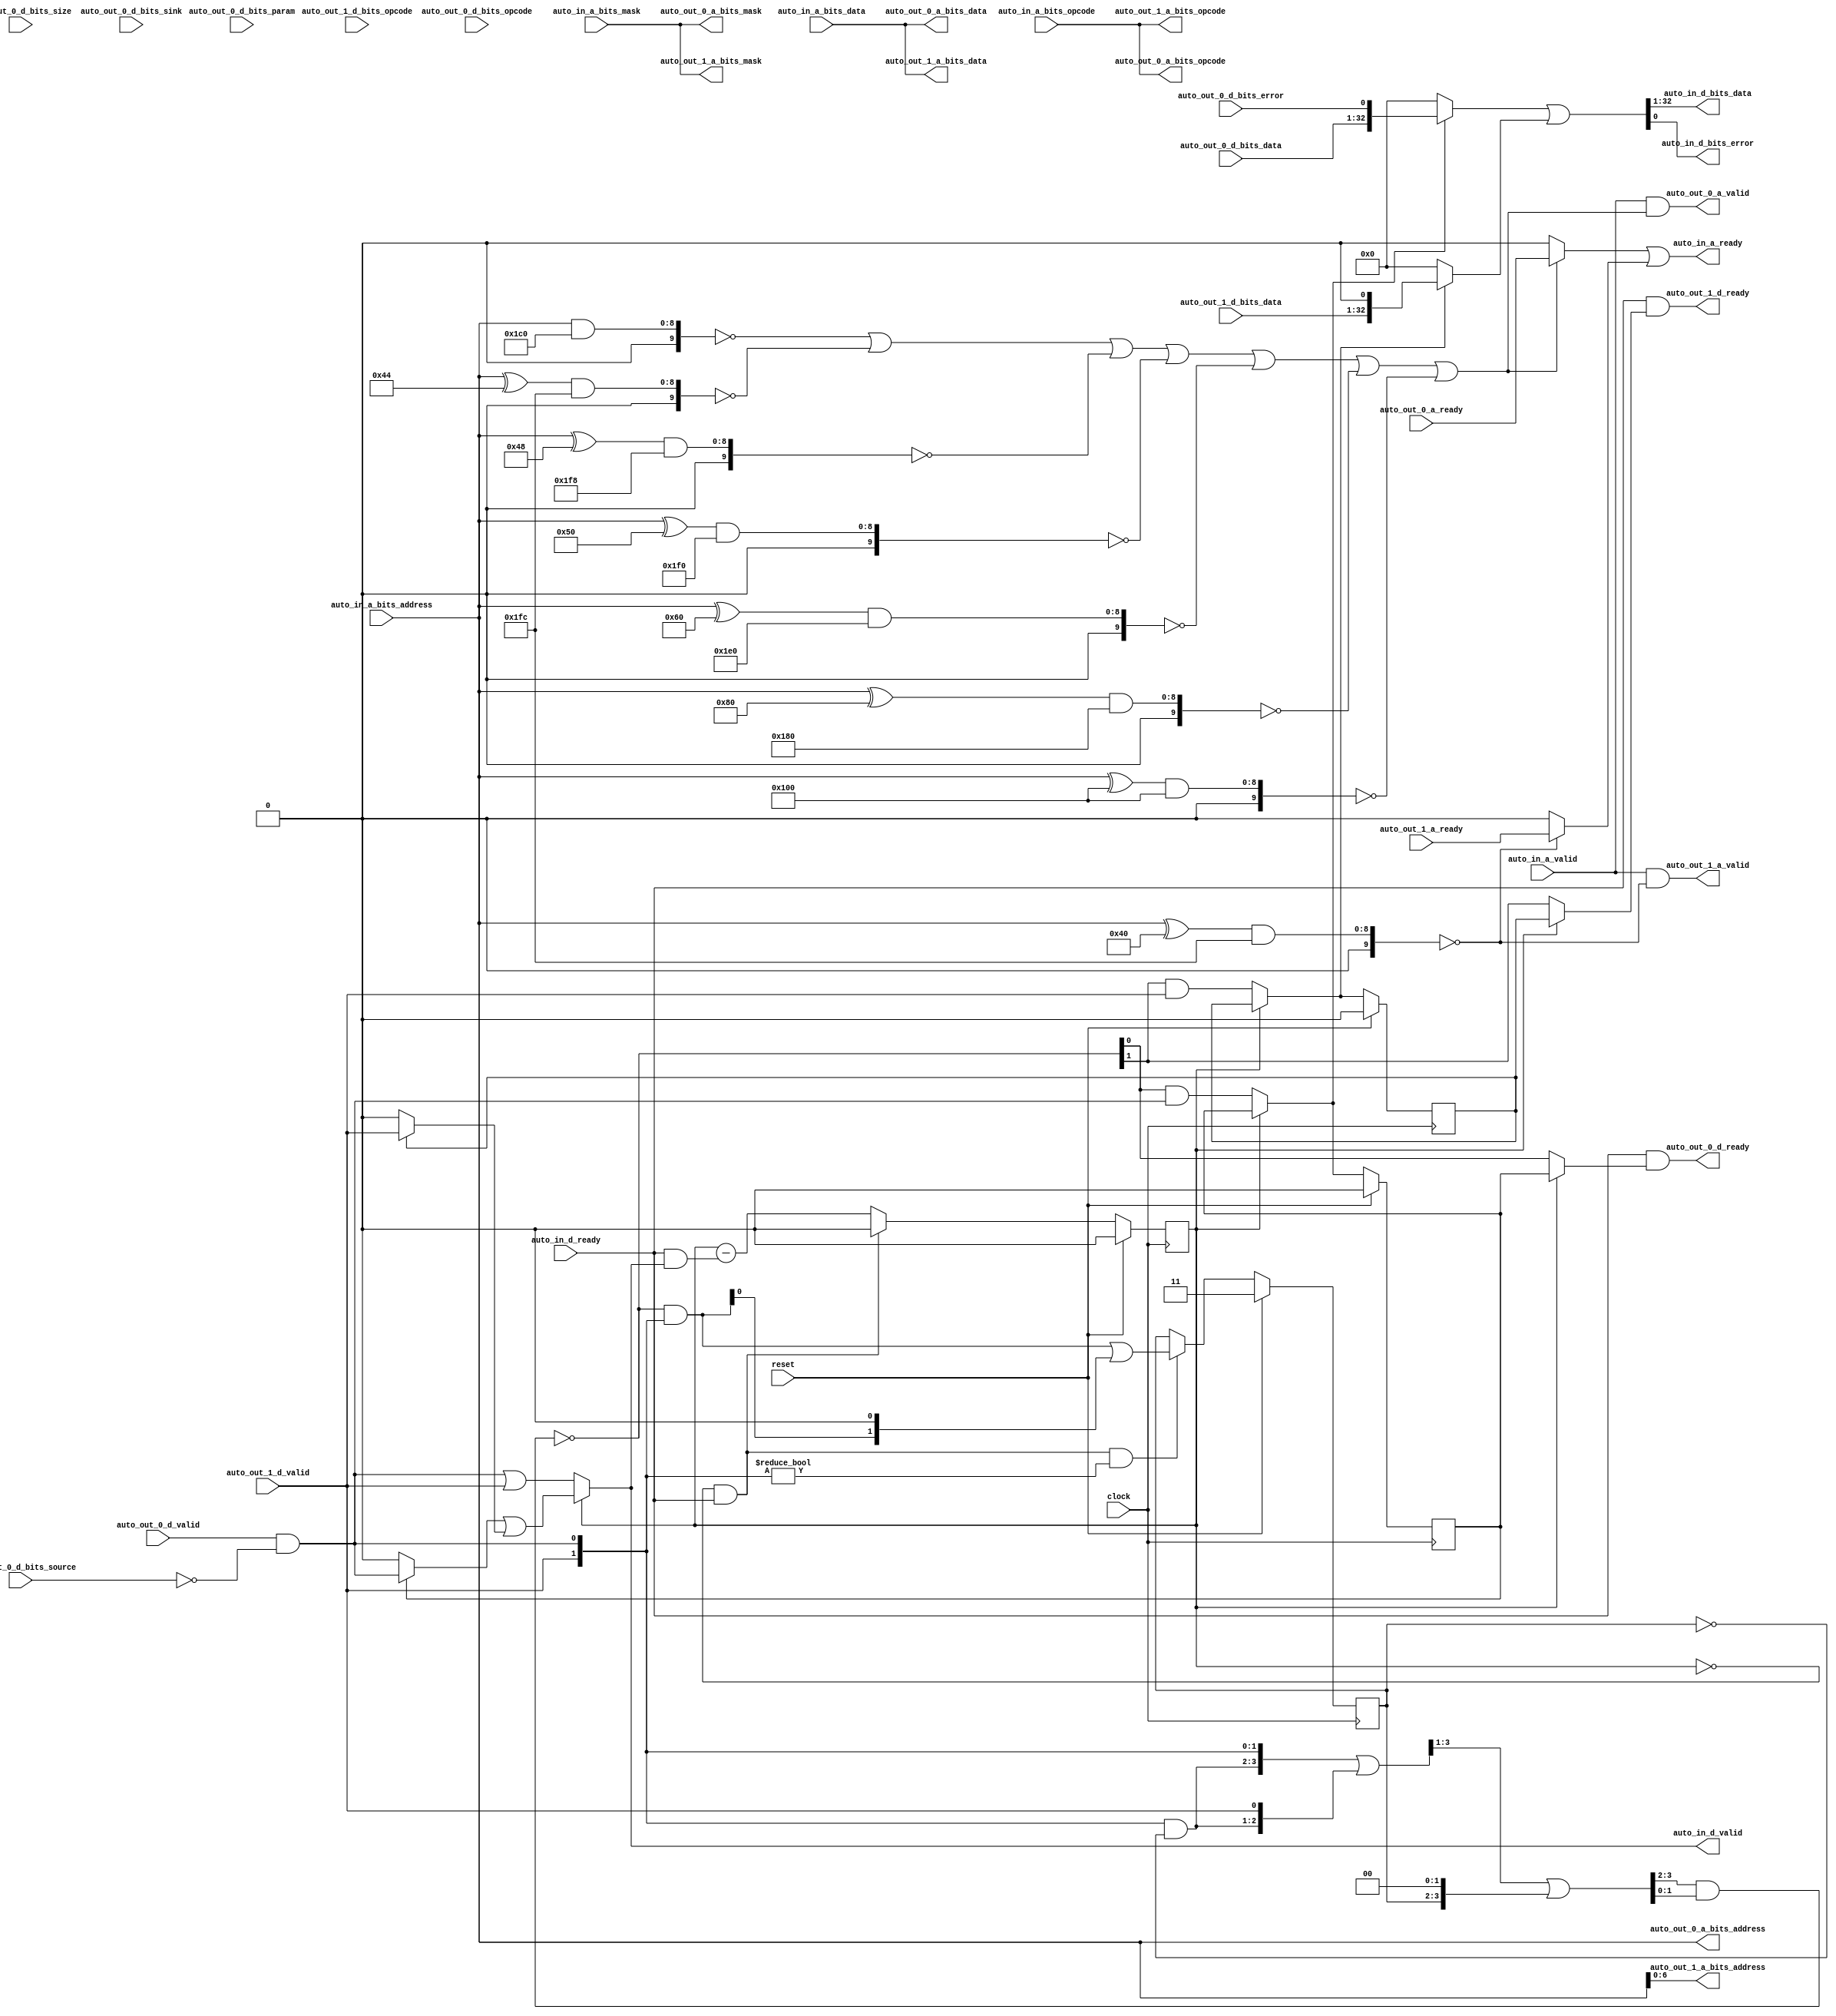
// Copyright (c) 2017, Microsemi Corporation
// All rights reserved.
//
// Redistribution and use in source and binary forms, with or without
// modification, are permitted provided that the following conditions are met:
//     * Redistributions of source code must retain the above copyright
//       notice, this list of conditions and the following disclaimer.
//     * Redistributions in binary form must reproduce the above copyright
//       notice, this list of conditions and the following disclaimer in the
//       documentation and/or other materials provided with the distribution.
//     * Neither the name of the <organization> nor the
//       names of its contributors may be used to endorse or promote products
//       derived from this software without specific prior written permission.
//
// THIS SOFTWARE IS PROVIDED BY THE COPYRIGHT HOLDERS AND CONTRIBUTORS "AS IS" AND
// ANY EXPRESS OR IMPLIED WARRANTIES, INCLUDING, BUT NOT LIMITED TO, THE IMPLIED
// WARRANTIES OF MERCHANTABILITY AND FITNESS FOR A PARTICULAR PURPOSE ARE
// DISCLAIMED. IN NO EVENT SHALL MICROSEMI CORPORATIONM BE LIABLE FOR ANY
// DIRECT, INDIRECT, INCIDENTAL, SPECIAL, EXEMPLARY, OR CONSEQUENTIAL DAMAGES
// (INCLUDING, BUT NOT LIMITED TO, PROCUREMENT OF SUBSTITUTE GOODS OR SERVICES;
// LOSS OF USE, DATA, OR PROFITS; OR BUSINESS INTERRUPTION) HOWEVER CAUSED AND
// ON ANY THEORY OF LIABILITY, WHETHER IN CONTRACT, STRICT LIABILITY, OR TORT
// (INCLUDING NEGLIGENCE OR OTHERWISE) ARISING IN ANY WAY OUT OF THE USE OF THIS
// SOFTWARE, EVEN IF ADVISED OF THE POSSIBILITY OF SUCH DAMAGE.
//
// APACHE LICENSE
// Copyright (c) 2017, Microsemi Corporation 
//
// Licensed under the Apache License, Version 2.0 (the "License");
// you may not use this file except in compliance with the License.
// You may obtain a copy of the License at
//
//    http://www.apache.org/licenses/LICENSE-2.0
//
// Unless required by applicable law or agreed to in writing, software
// distributed under the License is distributed on an "AS IS" BASIS,
// WITHOUT WARRANTIES OR CONDITIONS OF ANY KIND, either express or implied.
// See the License for the specific language governing permissions and
// limitations under the License.
//
// Description:
//
// SVN Revision Information:
// SVN $Revision: $
// SVN $Date: $
//
// Resolved SARs
// SAR      Date     Who   Description
//
// Notes:
//
// ****************************************************************************/
`ifndef RANDOMIZE_REG_INIT 
	 `define RANDOMIZE_REG_INIT 
 `endif
`ifndef RANDOMIZE_MEM_INIT 
	 `define RANDOMIZE_MEM_INIT 
 `endif
`ifndef RANDOMIZE 
	 `define RANDOMIZE 
`endif

`timescale 1ns/10ps
module MiV_AXI_MiV_AXI_0_MIV_RV32IMA_L1_AXI_TLXBAR_DMI_XBAR( // @[:freechips.rocketchip.system.MivRV32ImaL1AhbConfig.fir@20873.2]
  input         clock, // @[:freechips.rocketchip.system.MivRV32ImaL1AhbConfig.fir@20874.4]
  input         reset, // @[:freechips.rocketchip.system.MivRV32ImaL1AhbConfig.fir@20875.4]
  output        auto_in_a_ready, // @[:freechips.rocketchip.system.MivRV32ImaL1AhbConfig.fir@20876.4]
  input         auto_in_a_valid, // @[:freechips.rocketchip.system.MivRV32ImaL1AhbConfig.fir@20876.4]
  input  [2:0]  auto_in_a_bits_opcode, // @[:freechips.rocketchip.system.MivRV32ImaL1AhbConfig.fir@20876.4]
  input  [8:0]  auto_in_a_bits_address, // @[:freechips.rocketchip.system.MivRV32ImaL1AhbConfig.fir@20876.4]
  input  [3:0]  auto_in_a_bits_mask, // @[:freechips.rocketchip.system.MivRV32ImaL1AhbConfig.fir@20876.4]
  input  [31:0] auto_in_a_bits_data, // @[:freechips.rocketchip.system.MivRV32ImaL1AhbConfig.fir@20876.4]
  input         auto_in_d_ready, // @[:freechips.rocketchip.system.MivRV32ImaL1AhbConfig.fir@20876.4]
  output        auto_in_d_valid, // @[:freechips.rocketchip.system.MivRV32ImaL1AhbConfig.fir@20876.4]
  output [31:0] auto_in_d_bits_data, // @[:freechips.rocketchip.system.MivRV32ImaL1AhbConfig.fir@20876.4]
  output        auto_in_d_bits_error, // @[:freechips.rocketchip.system.MivRV32ImaL1AhbConfig.fir@20876.4]
  input         auto_out_1_a_ready, // @[:freechips.rocketchip.system.MivRV32ImaL1AhbConfig.fir@20876.4]
  output        auto_out_1_a_valid, // @[:freechips.rocketchip.system.MivRV32ImaL1AhbConfig.fir@20876.4]
  output [2:0]  auto_out_1_a_bits_opcode, // @[:freechips.rocketchip.system.MivRV32ImaL1AhbConfig.fir@20876.4]
  output [6:0]  auto_out_1_a_bits_address, // @[:freechips.rocketchip.system.MivRV32ImaL1AhbConfig.fir@20876.4]
  output [3:0]  auto_out_1_a_bits_mask, // @[:freechips.rocketchip.system.MivRV32ImaL1AhbConfig.fir@20876.4]
  output [31:0] auto_out_1_a_bits_data, // @[:freechips.rocketchip.system.MivRV32ImaL1AhbConfig.fir@20876.4]
  output        auto_out_1_d_ready, // @[:freechips.rocketchip.system.MivRV32ImaL1AhbConfig.fir@20876.4]
  input         auto_out_1_d_valid, // @[:freechips.rocketchip.system.MivRV32ImaL1AhbConfig.fir@20876.4]
  input  [2:0]  auto_out_1_d_bits_opcode, // @[:freechips.rocketchip.system.MivRV32ImaL1AhbConfig.fir@20876.4]
  input  [31:0] auto_out_1_d_bits_data, // @[:freechips.rocketchip.system.MivRV32ImaL1AhbConfig.fir@20876.4]
  input         auto_out_0_a_ready, // @[:freechips.rocketchip.system.MivRV32ImaL1AhbConfig.fir@20876.4]
  output        auto_out_0_a_valid, // @[:freechips.rocketchip.system.MivRV32ImaL1AhbConfig.fir@20876.4]
  output [2:0]  auto_out_0_a_bits_opcode, // @[:freechips.rocketchip.system.MivRV32ImaL1AhbConfig.fir@20876.4]
  output [8:0]  auto_out_0_a_bits_address, // @[:freechips.rocketchip.system.MivRV32ImaL1AhbConfig.fir@20876.4]
  output [3:0]  auto_out_0_a_bits_mask, // @[:freechips.rocketchip.system.MivRV32ImaL1AhbConfig.fir@20876.4]
  output [31:0] auto_out_0_a_bits_data, // @[:freechips.rocketchip.system.MivRV32ImaL1AhbConfig.fir@20876.4]
  output        auto_out_0_d_ready, // @[:freechips.rocketchip.system.MivRV32ImaL1AhbConfig.fir@20876.4]
  input         auto_out_0_d_valid, // @[:freechips.rocketchip.system.MivRV32ImaL1AhbConfig.fir@20876.4]
  input  [2:0]  auto_out_0_d_bits_opcode, // @[:freechips.rocketchip.system.MivRV32ImaL1AhbConfig.fir@20876.4]
  input  [1:0]  auto_out_0_d_bits_param, // @[:freechips.rocketchip.system.MivRV32ImaL1AhbConfig.fir@20876.4]
  input  [1:0]  auto_out_0_d_bits_size, // @[:freechips.rocketchip.system.MivRV32ImaL1AhbConfig.fir@20876.4]
  input         auto_out_0_d_bits_source, // @[:freechips.rocketchip.system.MivRV32ImaL1AhbConfig.fir@20876.4]
  input         auto_out_0_d_bits_sink, // @[:freechips.rocketchip.system.MivRV32ImaL1AhbConfig.fir@20876.4]
  input  [31:0] auto_out_0_d_bits_data, // @[:freechips.rocketchip.system.MivRV32ImaL1AhbConfig.fir@20876.4]
  input         auto_out_0_d_bits_error // @[:freechips.rocketchip.system.MivRV32ImaL1AhbConfig.fir@20876.4]
);
  reg  _T_1384; // @[Arbiter.scala 51:30:freechips.rocketchip.system.MivRV32ImaL1AhbConfig.fir@21231.4]
  reg [31:0] _RAND_0;
  reg [1:0] _T_1398; // @[Arbiter.scala 20:23:freechips.rocketchip.system.MivRV32ImaL1AhbConfig.fir@21245.4]
  reg [31:0] _RAND_1;
  reg  _T_1493_0; // @[Arbiter.scala 76:26:freechips.rocketchip.system.MivRV32ImaL1AhbConfig.fir@21322.4]
  reg [31:0] _RAND_2;
  reg  _T_1493_1; // @[Arbiter.scala 76:26:freechips.rocketchip.system.MivRV32ImaL1AhbConfig.fir@21322.4]
  reg [31:0] _RAND_3;
  wire [9:0] _T_802; // @[Parameters.scala 153:49:freechips.rocketchip.system.MivRV32ImaL1AhbConfig.fir@20926.4]
  wire [9:0] _T_804; // @[Parameters.scala 153:52:freechips.rocketchip.system.MivRV32ImaL1AhbConfig.fir@20927.4]
  wire [9:0] _T_805; // @[Parameters.scala 153:52:freechips.rocketchip.system.MivRV32ImaL1AhbConfig.fir@20928.4]
  wire  _T_807; // @[Parameters.scala 153:67:freechips.rocketchip.system.MivRV32ImaL1AhbConfig.fir@20929.4]
  wire [8:0] _T_809; // @[Parameters.scala 153:31:freechips.rocketchip.system.MivRV32ImaL1AhbConfig.fir@20930.4]
  wire [9:0] _T_810; // @[Parameters.scala 153:49:freechips.rocketchip.system.MivRV32ImaL1AhbConfig.fir@20931.4]
  wire [9:0] _T_812; // @[Parameters.scala 153:52:freechips.rocketchip.system.MivRV32ImaL1AhbConfig.fir@20932.4]
  wire [9:0] _T_813; // @[Parameters.scala 153:52:freechips.rocketchip.system.MivRV32ImaL1AhbConfig.fir@20933.4]
  wire  _T_815; // @[Parameters.scala 153:67:freechips.rocketchip.system.MivRV32ImaL1AhbConfig.fir@20934.4]
  wire [8:0] _T_817; // @[Parameters.scala 153:31:freechips.rocketchip.system.MivRV32ImaL1AhbConfig.fir@20935.4]
  wire [9:0] _T_818; // @[Parameters.scala 153:49:freechips.rocketchip.system.MivRV32ImaL1AhbConfig.fir@20936.4]
  wire [9:0] _T_820; // @[Parameters.scala 153:52:freechips.rocketchip.system.MivRV32ImaL1AhbConfig.fir@20937.4]
  wire [9:0] _T_821; // @[Parameters.scala 153:52:freechips.rocketchip.system.MivRV32ImaL1AhbConfig.fir@20938.4]
  wire  _T_823; // @[Parameters.scala 153:67:freechips.rocketchip.system.MivRV32ImaL1AhbConfig.fir@20939.4]
  wire [8:0] _T_825; // @[Parameters.scala 153:31:freechips.rocketchip.system.MivRV32ImaL1AhbConfig.fir@20940.4]
  wire [9:0] _T_826; // @[Parameters.scala 153:49:freechips.rocketchip.system.MivRV32ImaL1AhbConfig.fir@20941.4]
  wire [9:0] _T_828; // @[Parameters.scala 153:52:freechips.rocketchip.system.MivRV32ImaL1AhbConfig.fir@20942.4]
  wire [9:0] _T_829; // @[Parameters.scala 153:52:freechips.rocketchip.system.MivRV32ImaL1AhbConfig.fir@20943.4]
  wire  _T_831; // @[Parameters.scala 153:67:freechips.rocketchip.system.MivRV32ImaL1AhbConfig.fir@20944.4]
  wire [8:0] _T_833; // @[Parameters.scala 153:31:freechips.rocketchip.system.MivRV32ImaL1AhbConfig.fir@20945.4]
  wire [9:0] _T_834; // @[Parameters.scala 153:49:freechips.rocketchip.system.MivRV32ImaL1AhbConfig.fir@20946.4]
  wire [9:0] _T_836; // @[Parameters.scala 153:52:freechips.rocketchip.system.MivRV32ImaL1AhbConfig.fir@20947.4]
  wire [9:0] _T_837; // @[Parameters.scala 153:52:freechips.rocketchip.system.MivRV32ImaL1AhbConfig.fir@20948.4]
  wire  _T_839; // @[Parameters.scala 153:67:freechips.rocketchip.system.MivRV32ImaL1AhbConfig.fir@20949.4]
  wire [8:0] _T_841; // @[Parameters.scala 153:31:freechips.rocketchip.system.MivRV32ImaL1AhbConfig.fir@20950.4]
  wire [9:0] _T_842; // @[Parameters.scala 153:49:freechips.rocketchip.system.MivRV32ImaL1AhbConfig.fir@20951.4]
  wire [9:0] _T_844; // @[Parameters.scala 153:52:freechips.rocketchip.system.MivRV32ImaL1AhbConfig.fir@20952.4]
  wire [9:0] _T_845; // @[Parameters.scala 153:52:freechips.rocketchip.system.MivRV32ImaL1AhbConfig.fir@20953.4]
  wire  _T_847; // @[Parameters.scala 153:67:freechips.rocketchip.system.MivRV32ImaL1AhbConfig.fir@20954.4]
  wire [8:0] _T_849; // @[Parameters.scala 153:31:freechips.rocketchip.system.MivRV32ImaL1AhbConfig.fir@20955.4]
  wire [9:0] _T_850; // @[Parameters.scala 153:49:freechips.rocketchip.system.MivRV32ImaL1AhbConfig.fir@20956.4]
  wire [9:0] _T_852; // @[Parameters.scala 153:52:freechips.rocketchip.system.MivRV32ImaL1AhbConfig.fir@20957.4]
  wire [9:0] _T_853; // @[Parameters.scala 153:52:freechips.rocketchip.system.MivRV32ImaL1AhbConfig.fir@20958.4]
  wire  _T_855; // @[Parameters.scala 153:67:freechips.rocketchip.system.MivRV32ImaL1AhbConfig.fir@20959.4]
  wire  _T_856; // @[Xbar.scala 79:97:freechips.rocketchip.system.MivRV32ImaL1AhbConfig.fir@20960.4]
  wire  _T_857; // @[Xbar.scala 79:97:freechips.rocketchip.system.MivRV32ImaL1AhbConfig.fir@20961.4]
  wire  _T_858; // @[Xbar.scala 79:97:freechips.rocketchip.system.MivRV32ImaL1AhbConfig.fir@20962.4]
  wire  _T_859; // @[Xbar.scala 79:97:freechips.rocketchip.system.MivRV32ImaL1AhbConfig.fir@20963.4]
  wire  _T_860; // @[Xbar.scala 79:97:freechips.rocketchip.system.MivRV32ImaL1AhbConfig.fir@20964.4]
  wire  requestAIO_0_0; // @[Xbar.scala 79:97:freechips.rocketchip.system.MivRV32ImaL1AhbConfig.fir@20965.4]
  wire [8:0] _T_862; // @[Parameters.scala 153:31:freechips.rocketchip.system.MivRV32ImaL1AhbConfig.fir@20966.4]
  wire [9:0] _T_863; // @[Parameters.scala 153:49:freechips.rocketchip.system.MivRV32ImaL1AhbConfig.fir@20967.4]
  wire [9:0] _T_865; // @[Parameters.scala 153:52:freechips.rocketchip.system.MivRV32ImaL1AhbConfig.fir@20968.4]
  wire [9:0] _T_866; // @[Parameters.scala 153:52:freechips.rocketchip.system.MivRV32ImaL1AhbConfig.fir@20969.4]
  wire  requestAIO_0_1; // @[Parameters.scala 153:67:freechips.rocketchip.system.MivRV32ImaL1AhbConfig.fir@20970.4]
  wire  requestDOI_0_0; // @[Parameters.scala 43:9:freechips.rocketchip.system.MivRV32ImaL1AhbConfig.fir@21019.4]
  wire  out_0_a_valid; // @[Xbar.scala 246:40:freechips.rocketchip.system.MivRV32ImaL1AhbConfig.fir@21069.4]
  wire  out_1_a_valid; // @[Xbar.scala 246:40:freechips.rocketchip.system.MivRV32ImaL1AhbConfig.fir@21072.4]
  wire  _T_1035; // @[Mux.scala 19:72:freechips.rocketchip.system.MivRV32ImaL1AhbConfig.fir@21074.4]
  wire  _T_1037; // @[Mux.scala 19:72:freechips.rocketchip.system.MivRV32ImaL1AhbConfig.fir@21075.4]
  wire  in_0_a_ready; // @[Mux.scala 19:72:freechips.rocketchip.system.MivRV32ImaL1AhbConfig.fir@21076.4]
  wire  _T_1159; // @[Xbar.scala 246:40:freechips.rocketchip.system.MivRV32ImaL1AhbConfig.fir@21109.4]
  wire  _T_1255; // @[Arbiter.scala 66:62:freechips.rocketchip.system.MivRV32ImaL1AhbConfig.fir@21144.4]
  wire  _T_1263; // @[Arbiter.scala 68:36:freechips.rocketchip.system.MivRV32ImaL1AhbConfig.fir@21154.4]
  wire  _T_1265; // @[Arbiter.scala 68:14:freechips.rocketchip.system.MivRV32ImaL1AhbConfig.fir@21156.4]
  wire  _T_1267; // @[Arbiter.scala 68:14:freechips.rocketchip.system.MivRV32ImaL1AhbConfig.fir@21157.4]
  wire  _T_1331; // @[Arbiter.scala 66:62:freechips.rocketchip.system.MivRV32ImaL1AhbConfig.fir@21193.4]
  wire  _T_1339; // @[Arbiter.scala 68:36:freechips.rocketchip.system.MivRV32ImaL1AhbConfig.fir@21203.4]
  wire  _T_1341; // @[Arbiter.scala 68:14:freechips.rocketchip.system.MivRV32ImaL1AhbConfig.fir@21205.4]
  wire  _T_1343; // @[Arbiter.scala 68:14:freechips.rocketchip.system.MivRV32ImaL1AhbConfig.fir@21206.4]
  wire  _T_1386; // @[Arbiter.scala 52:28:freechips.rocketchip.system.MivRV32ImaL1AhbConfig.fir@21232.4]
  wire  _T_1387; // @[Arbiter.scala 53:24:freechips.rocketchip.system.MivRV32ImaL1AhbConfig.fir@21233.4]
  wire [1:0] _T_1388; // @[Cat.scala 30:58:freechips.rocketchip.system.MivRV32ImaL1AhbConfig.fir@21234.4]
  wire  _T_1390; // @[Arbiter.scala 19:19:freechips.rocketchip.system.MivRV32ImaL1AhbConfig.fir@21236.4]
  wire  _T_1392; // @[Arbiter.scala 19:12:freechips.rocketchip.system.MivRV32ImaL1AhbConfig.fir@21238.4]
  wire  _T_1394; // @[Arbiter.scala 19:12:freechips.rocketchip.system.MivRV32ImaL1AhbConfig.fir@21239.4]
  wire [1:0] _T_1399; // @[Arbiter.scala 21:30:freechips.rocketchip.system.MivRV32ImaL1AhbConfig.fir@21246.4]
  wire [1:0] _T_1400; // @[Arbiter.scala 21:28:freechips.rocketchip.system.MivRV32ImaL1AhbConfig.fir@21247.4]
  wire [3:0] _T_1401; // @[Cat.scala 30:58:freechips.rocketchip.system.MivRV32ImaL1AhbConfig.fir@21248.4]
  wire [2:0] _T_1402; // @[package.scala 100:48:freechips.rocketchip.system.MivRV32ImaL1AhbConfig.fir@21249.4]
  wire [3:0] _GEN_1; // @[package.scala 100:43:freechips.rocketchip.system.MivRV32ImaL1AhbConfig.fir@21250.4]
  wire [3:0] _T_1403; // @[package.scala 100:43:freechips.rocketchip.system.MivRV32ImaL1AhbConfig.fir@21250.4]
  wire [2:0] _T_1405; // @[Arbiter.scala 22:52:freechips.rocketchip.system.MivRV32ImaL1AhbConfig.fir@21252.4]
  wire [3:0] _GEN_2; // @[Arbiter.scala 22:66:freechips.rocketchip.system.MivRV32ImaL1AhbConfig.fir@21253.4]
  wire [3:0] _T_1406; // @[Arbiter.scala 22:66:freechips.rocketchip.system.MivRV32ImaL1AhbConfig.fir@21253.4]
  wire [3:0] _GEN_3; // @[Arbiter.scala 22:58:freechips.rocketchip.system.MivRV32ImaL1AhbConfig.fir@21254.4]
  wire [3:0] _T_1407; // @[Arbiter.scala 22:58:freechips.rocketchip.system.MivRV32ImaL1AhbConfig.fir@21254.4]
  wire [1:0] _T_1408; // @[Arbiter.scala 23:29:freechips.rocketchip.system.MivRV32ImaL1AhbConfig.fir@21255.4]
  wire [1:0] _T_1409; // @[Arbiter.scala 23:48:freechips.rocketchip.system.MivRV32ImaL1AhbConfig.fir@21256.4]
  wire [1:0] _T_1410; // @[Arbiter.scala 23:39:freechips.rocketchip.system.MivRV32ImaL1AhbConfig.fir@21257.4]
  wire [1:0] _T_1411; // @[Arbiter.scala 23:18:freechips.rocketchip.system.MivRV32ImaL1AhbConfig.fir@21258.4]
  wire  _T_1413; // @[Arbiter.scala 24:27:freechips.rocketchip.system.MivRV32ImaL1AhbConfig.fir@21259.4]
  wire  _T_1414; // @[Arbiter.scala 24:18:freechips.rocketchip.system.MivRV32ImaL1AhbConfig.fir@21260.4]
  wire [1:0] _T_1415; // @[Arbiter.scala 25:29:freechips.rocketchip.system.MivRV32ImaL1AhbConfig.fir@21262.6]
  wire [2:0] _GEN_4; // @[package.scala 91:48:freechips.rocketchip.system.MivRV32ImaL1AhbConfig.fir@21263.6]
  wire [2:0] _T_1416; // @[package.scala 91:48:freechips.rocketchip.system.MivRV32ImaL1AhbConfig.fir@21263.6]
  wire [1:0] _T_1417; // @[package.scala 91:53:freechips.rocketchip.system.MivRV32ImaL1AhbConfig.fir@21264.6]
  wire [1:0] _T_1418; // @[package.scala 91:43:freechips.rocketchip.system.MivRV32ImaL1AhbConfig.fir@21265.6]
  wire [1:0] _GEN_0; // @[Arbiter.scala 24:32:freechips.rocketchip.system.MivRV32ImaL1AhbConfig.fir@21261.4]
  wire  _T_1421; // @[Arbiter.scala 58:72:freechips.rocketchip.system.MivRV32ImaL1AhbConfig.fir@21270.4]
  wire  _T_1422; // @[Arbiter.scala 58:72:freechips.rocketchip.system.MivRV32ImaL1AhbConfig.fir@21271.4]
  wire  _T_1430; // @[Arbiter.scala 60:65:freechips.rocketchip.system.MivRV32ImaL1AhbConfig.fir@21276.4]
  wire  _T_1431; // @[Arbiter.scala 60:65:freechips.rocketchip.system.MivRV32ImaL1AhbConfig.fir@21277.4]
  wire  _T_1441; // @[Arbiter.scala 65:52:freechips.rocketchip.system.MivRV32ImaL1AhbConfig.fir@21283.4]
  wire  _T_1445; // @[Arbiter.scala 66:62:freechips.rocketchip.system.MivRV32ImaL1AhbConfig.fir@21285.4]
  wire  _T_1450; // @[Arbiter.scala 66:62:freechips.rocketchip.system.MivRV32ImaL1AhbConfig.fir@21288.4]
  wire  _T_1451; // @[Arbiter.scala 66:59:freechips.rocketchip.system.MivRV32ImaL1AhbConfig.fir@21289.4]
  wire  _T_1454; // @[Arbiter.scala 66:13:freechips.rocketchip.system.MivRV32ImaL1AhbConfig.fir@21292.4]
  wire  _T_1456; // @[Arbiter.scala 66:13:freechips.rocketchip.system.MivRV32ImaL1AhbConfig.fir@21293.4]
  wire  _T_1457; // @[Arbiter.scala 68:31:freechips.rocketchip.system.MivRV32ImaL1AhbConfig.fir@21298.4]
  wire  _T_1459; // @[Arbiter.scala 68:15:freechips.rocketchip.system.MivRV32ImaL1AhbConfig.fir@21299.4]
  wire  _T_1461; // @[Arbiter.scala 68:36:freechips.rocketchip.system.MivRV32ImaL1AhbConfig.fir@21301.4]
  wire  _T_1463; // @[Arbiter.scala 68:14:freechips.rocketchip.system.MivRV32ImaL1AhbConfig.fir@21303.4]
  wire  _T_1465; // @[Arbiter.scala 68:14:freechips.rocketchip.system.MivRV32ImaL1AhbConfig.fir@21304.4]
  wire  _T_1525; // @[Mux.scala 19:72:freechips.rocketchip.system.MivRV32ImaL1AhbConfig.fir@21331.4]
  wire  _T_1527; // @[Mux.scala 19:72:freechips.rocketchip.system.MivRV32ImaL1AhbConfig.fir@21332.4]
  wire  _T_1528; // @[Mux.scala 19:72:freechips.rocketchip.system.MivRV32ImaL1AhbConfig.fir@21333.4]
  wire  in_0_d_valid; // @[Arbiter.scala 89:24:freechips.rocketchip.system.MivRV32ImaL1AhbConfig.fir@21336.4]
  wire  _T_1471; // @[Decoupled.scala 30:37:freechips.rocketchip.system.MivRV32ImaL1AhbConfig.fir@21312.4]
  wire [1:0] _T_1472; // @[Arbiter.scala 73:52:freechips.rocketchip.system.MivRV32ImaL1AhbConfig.fir@21313.4]
  wire [1:0] _T_1473; // @[Arbiter.scala 73:52:freechips.rocketchip.system.MivRV32ImaL1AhbConfig.fir@21314.4]
  wire  _T_1474; // @[Arbiter.scala 73:52:freechips.rocketchip.system.MivRV32ImaL1AhbConfig.fir@21315.4]
  wire  _T_1475; // @[Arbiter.scala 73:23:freechips.rocketchip.system.MivRV32ImaL1AhbConfig.fir@21316.4]
  wire  _T_1504_0; // @[Arbiter.scala 77:25:freechips.rocketchip.system.MivRV32ImaL1AhbConfig.fir@21323.4]
  wire  _T_1504_1; // @[Arbiter.scala 77:25:freechips.rocketchip.system.MivRV32ImaL1AhbConfig.fir@21323.4]
  wire  _T_1512_0; // @[Arbiter.scala 81:26:freechips.rocketchip.system.MivRV32ImaL1AhbConfig.fir@21325.4]
  wire  _T_1512_1; // @[Arbiter.scala 81:26:freechips.rocketchip.system.MivRV32ImaL1AhbConfig.fir@21325.4]
  wire  out_0_d_ready; // @[Arbiter.scala 83:33:freechips.rocketchip.system.MivRV32ImaL1AhbConfig.fir@21326.4]
  wire  out_1_d_ready; // @[Arbiter.scala 83:33:freechips.rocketchip.system.MivRV32ImaL1AhbConfig.fir@21328.4]
  wire [32:0] _T_1533; // @[Mux.scala 19:72:freechips.rocketchip.system.MivRV32ImaL1AhbConfig.fir@21338.4]
  wire [33:0] _T_1534; // @[Mux.scala 19:72:freechips.rocketchip.system.MivRV32ImaL1AhbConfig.fir@21339.4]
  wire [2:0] _T_1535; // @[Mux.scala 19:72:freechips.rocketchip.system.MivRV32ImaL1AhbConfig.fir@21340.4]
  wire [4:0] _T_1536; // @[Mux.scala 19:72:freechips.rocketchip.system.MivRV32ImaL1AhbConfig.fir@21341.4]
  wire [7:0] _T_1537; // @[Mux.scala 19:72:freechips.rocketchip.system.MivRV32ImaL1AhbConfig.fir@21342.4]
  wire [41:0] _T_1538; // @[Mux.scala 19:72:freechips.rocketchip.system.MivRV32ImaL1AhbConfig.fir@21343.4]
  wire [41:0] _T_1540; // @[Mux.scala 19:72:freechips.rocketchip.system.MivRV32ImaL1AhbConfig.fir@21344.4]
  wire [32:0] _T_1541; // @[Mux.scala 19:72:freechips.rocketchip.system.MivRV32ImaL1AhbConfig.fir@21345.4]
  wire [33:0] _T_1542; // @[Mux.scala 19:72:freechips.rocketchip.system.MivRV32ImaL1AhbConfig.fir@21346.4]
  wire [4:0] _T_1544; // @[Mux.scala 19:72:freechips.rocketchip.system.MivRV32ImaL1AhbConfig.fir@21348.4]
  wire [7:0] _T_1545; // @[Mux.scala 19:72:freechips.rocketchip.system.MivRV32ImaL1AhbConfig.fir@21349.4]
  wire [41:0] _T_1546; // @[Mux.scala 19:72:freechips.rocketchip.system.MivRV32ImaL1AhbConfig.fir@21350.4]
  wire [41:0] _T_1548; // @[Mux.scala 19:72:freechips.rocketchip.system.MivRV32ImaL1AhbConfig.fir@21351.4]
  wire [41:0] _T_1549; // @[Mux.scala 19:72:freechips.rocketchip.system.MivRV32ImaL1AhbConfig.fir@21352.4]
  wire  in_0_d_bits_error; // @[Mux.scala 19:72:freechips.rocketchip.system.MivRV32ImaL1AhbConfig.fir@21356.4]
  wire [31:0] in_0_d_bits_data; // @[Mux.scala 19:72:freechips.rocketchip.system.MivRV32ImaL1AhbConfig.fir@21358.4]
  wire [6:0] io_out_1_a_bits_address; // @[Nodes.scala 334:76:freechips.rocketchip.system.MivRV32ImaL1AhbConfig.fir@20885.4]
  assign _T_802 = {1'b0,$signed(auto_in_a_bits_address)}; // @[Parameters.scala 153:49:freechips.rocketchip.system.MivRV32ImaL1AhbConfig.fir@20926.4]
  assign _T_804 = $signed(_T_802) & $signed(10'sh1c0); // @[Parameters.scala 153:52:freechips.rocketchip.system.MivRV32ImaL1AhbConfig.fir@20927.4]
  assign _T_805 = $signed(_T_804); // @[Parameters.scala 153:52:freechips.rocketchip.system.MivRV32ImaL1AhbConfig.fir@20928.4]
  assign _T_807 = $signed(_T_805) == $signed(10'sh0); // @[Parameters.scala 153:67:freechips.rocketchip.system.MivRV32ImaL1AhbConfig.fir@20929.4]
  assign _T_809 = auto_in_a_bits_address ^ 9'h44; // @[Parameters.scala 153:31:freechips.rocketchip.system.MivRV32ImaL1AhbConfig.fir@20930.4]
  assign _T_810 = {1'b0,$signed(_T_809)}; // @[Parameters.scala 153:49:freechips.rocketchip.system.MivRV32ImaL1AhbConfig.fir@20931.4]
  assign _T_812 = $signed(_T_810) & $signed(10'sh1fc); // @[Parameters.scala 153:52:freechips.rocketchip.system.MivRV32ImaL1AhbConfig.fir@20932.4]
  assign _T_813 = $signed(_T_812); // @[Parameters.scala 153:52:freechips.rocketchip.system.MivRV32ImaL1AhbConfig.fir@20933.4]
  assign _T_815 = $signed(_T_813) == $signed(10'sh0); // @[Parameters.scala 153:67:freechips.rocketchip.system.MivRV32ImaL1AhbConfig.fir@20934.4]
  assign _T_817 = auto_in_a_bits_address ^ 9'h48; // @[Parameters.scala 153:31:freechips.rocketchip.system.MivRV32ImaL1AhbConfig.fir@20935.4]
  assign _T_818 = {1'b0,$signed(_T_817)}; // @[Parameters.scala 153:49:freechips.rocketchip.system.MivRV32ImaL1AhbConfig.fir@20936.4]
  assign _T_820 = $signed(_T_818) & $signed(10'sh1f8); // @[Parameters.scala 153:52:freechips.rocketchip.system.MivRV32ImaL1AhbConfig.fir@20937.4]
  assign _T_821 = $signed(_T_820); // @[Parameters.scala 153:52:freechips.rocketchip.system.MivRV32ImaL1AhbConfig.fir@20938.4]
  assign _T_823 = $signed(_T_821) == $signed(10'sh0); // @[Parameters.scala 153:67:freechips.rocketchip.system.MivRV32ImaL1AhbConfig.fir@20939.4]
  assign _T_825 = auto_in_a_bits_address ^ 9'h50; // @[Parameters.scala 153:31:freechips.rocketchip.system.MivRV32ImaL1AhbConfig.fir@20940.4]
  assign _T_826 = {1'b0,$signed(_T_825)}; // @[Parameters.scala 153:49:freechips.rocketchip.system.MivRV32ImaL1AhbConfig.fir@20941.4]
  assign _T_828 = $signed(_T_826) & $signed(10'sh1f0); // @[Parameters.scala 153:52:freechips.rocketchip.system.MivRV32ImaL1AhbConfig.fir@20942.4]
  assign _T_829 = $signed(_T_828); // @[Parameters.scala 153:52:freechips.rocketchip.system.MivRV32ImaL1AhbConfig.fir@20943.4]
  assign _T_831 = $signed(_T_829) == $signed(10'sh0); // @[Parameters.scala 153:67:freechips.rocketchip.system.MivRV32ImaL1AhbConfig.fir@20944.4]
  assign _T_833 = auto_in_a_bits_address ^ 9'h60; // @[Parameters.scala 153:31:freechips.rocketchip.system.MivRV32ImaL1AhbConfig.fir@20945.4]
  assign _T_834 = {1'b0,$signed(_T_833)}; // @[Parameters.scala 153:49:freechips.rocketchip.system.MivRV32ImaL1AhbConfig.fir@20946.4]
  assign _T_836 = $signed(_T_834) & $signed(10'sh1e0); // @[Parameters.scala 153:52:freechips.rocketchip.system.MivRV32ImaL1AhbConfig.fir@20947.4]
  assign _T_837 = $signed(_T_836); // @[Parameters.scala 153:52:freechips.rocketchip.system.MivRV32ImaL1AhbConfig.fir@20948.4]
  assign _T_839 = $signed(_T_837) == $signed(10'sh0); // @[Parameters.scala 153:67:freechips.rocketchip.system.MivRV32ImaL1AhbConfig.fir@20949.4]
  assign _T_841 = auto_in_a_bits_address ^ 9'h80; // @[Parameters.scala 153:31:freechips.rocketchip.system.MivRV32ImaL1AhbConfig.fir@20950.4]
  assign _T_842 = {1'b0,$signed(_T_841)}; // @[Parameters.scala 153:49:freechips.rocketchip.system.MivRV32ImaL1AhbConfig.fir@20951.4]
  assign _T_844 = $signed(_T_842) & $signed(10'sh180); // @[Parameters.scala 153:52:freechips.rocketchip.system.MivRV32ImaL1AhbConfig.fir@20952.4]
  assign _T_845 = $signed(_T_844); // @[Parameters.scala 153:52:freechips.rocketchip.system.MivRV32ImaL1AhbConfig.fir@20953.4]
  assign _T_847 = $signed(_T_845) == $signed(10'sh0); // @[Parameters.scala 153:67:freechips.rocketchip.system.MivRV32ImaL1AhbConfig.fir@20954.4]
  assign _T_849 = auto_in_a_bits_address ^ 9'h100; // @[Parameters.scala 153:31:freechips.rocketchip.system.MivRV32ImaL1AhbConfig.fir@20955.4]
  assign _T_850 = {1'b0,$signed(_T_849)}; // @[Parameters.scala 153:49:freechips.rocketchip.system.MivRV32ImaL1AhbConfig.fir@20956.4]
  assign _T_852 = $signed(_T_850) & $signed(10'sh100); // @[Parameters.scala 153:52:freechips.rocketchip.system.MivRV32ImaL1AhbConfig.fir@20957.4]
  assign _T_853 = $signed(_T_852); // @[Parameters.scala 153:52:freechips.rocketchip.system.MivRV32ImaL1AhbConfig.fir@20958.4]
  assign _T_855 = $signed(_T_853) == $signed(10'sh0); // @[Parameters.scala 153:67:freechips.rocketchip.system.MivRV32ImaL1AhbConfig.fir@20959.4]
  assign _T_856 = _T_807 | _T_815; // @[Xbar.scala 79:97:freechips.rocketchip.system.MivRV32ImaL1AhbConfig.fir@20960.4]
  assign _T_857 = _T_856 | _T_823; // @[Xbar.scala 79:97:freechips.rocketchip.system.MivRV32ImaL1AhbConfig.fir@20961.4]
  assign _T_858 = _T_857 | _T_831; // @[Xbar.scala 79:97:freechips.rocketchip.system.MivRV32ImaL1AhbConfig.fir@20962.4]
  assign _T_859 = _T_858 | _T_839; // @[Xbar.scala 79:97:freechips.rocketchip.system.MivRV32ImaL1AhbConfig.fir@20963.4]
  assign _T_860 = _T_859 | _T_847; // @[Xbar.scala 79:97:freechips.rocketchip.system.MivRV32ImaL1AhbConfig.fir@20964.4]
  assign requestAIO_0_0 = _T_860 | _T_855; // @[Xbar.scala 79:97:freechips.rocketchip.system.MivRV32ImaL1AhbConfig.fir@20965.4]
  assign _T_862 = auto_in_a_bits_address ^ 9'h40; // @[Parameters.scala 153:31:freechips.rocketchip.system.MivRV32ImaL1AhbConfig.fir@20966.4]
  assign _T_863 = {1'b0,$signed(_T_862)}; // @[Parameters.scala 153:49:freechips.rocketchip.system.MivRV32ImaL1AhbConfig.fir@20967.4]
  assign _T_865 = $signed(_T_863) & $signed(10'sh1fc); // @[Parameters.scala 153:52:freechips.rocketchip.system.MivRV32ImaL1AhbConfig.fir@20968.4]
  assign _T_866 = $signed(_T_865); // @[Parameters.scala 153:52:freechips.rocketchip.system.MivRV32ImaL1AhbConfig.fir@20969.4]
  assign requestAIO_0_1 = $signed(_T_866) == $signed(10'sh0); // @[Parameters.scala 153:67:freechips.rocketchip.system.MivRV32ImaL1AhbConfig.fir@20970.4]
  assign requestDOI_0_0 = auto_out_0_d_bits_source == 1'h0; // @[Parameters.scala 43:9:freechips.rocketchip.system.MivRV32ImaL1AhbConfig.fir@21019.4]
  assign out_0_a_valid = auto_in_a_valid & requestAIO_0_0; // @[Xbar.scala 246:40:freechips.rocketchip.system.MivRV32ImaL1AhbConfig.fir@21069.4]
  assign out_1_a_valid = auto_in_a_valid & requestAIO_0_1; // @[Xbar.scala 246:40:freechips.rocketchip.system.MivRV32ImaL1AhbConfig.fir@21072.4]
  assign _T_1035 = requestAIO_0_0 ? auto_out_0_a_ready : 1'h0; // @[Mux.scala 19:72:freechips.rocketchip.system.MivRV32ImaL1AhbConfig.fir@21074.4]
  assign _T_1037 = requestAIO_0_1 ? auto_out_1_a_ready : 1'h0; // @[Mux.scala 19:72:freechips.rocketchip.system.MivRV32ImaL1AhbConfig.fir@21075.4]
  assign in_0_a_ready = _T_1035 | _T_1037; // @[Mux.scala 19:72:freechips.rocketchip.system.MivRV32ImaL1AhbConfig.fir@21076.4]
  assign _T_1159 = auto_out_0_d_valid & requestDOI_0_0; // @[Xbar.scala 246:40:freechips.rocketchip.system.MivRV32ImaL1AhbConfig.fir@21109.4]
  assign _T_1255 = out_0_a_valid == 1'h0; // @[Arbiter.scala 66:62:freechips.rocketchip.system.MivRV32ImaL1AhbConfig.fir@21144.4]
  assign _T_1263 = _T_1255 | out_0_a_valid; // @[Arbiter.scala 68:36:freechips.rocketchip.system.MivRV32ImaL1AhbConfig.fir@21154.4]
  assign _T_1265 = _T_1263 | reset; // @[Arbiter.scala 68:14:freechips.rocketchip.system.MivRV32ImaL1AhbConfig.fir@21156.4]
  assign _T_1267 = _T_1265 == 1'h0; // @[Arbiter.scala 68:14:freechips.rocketchip.system.MivRV32ImaL1AhbConfig.fir@21157.4]
  assign _T_1331 = out_1_a_valid == 1'h0; // @[Arbiter.scala 66:62:freechips.rocketchip.system.MivRV32ImaL1AhbConfig.fir@21193.4]
  assign _T_1339 = _T_1331 | out_1_a_valid; // @[Arbiter.scala 68:36:freechips.rocketchip.system.MivRV32ImaL1AhbConfig.fir@21203.4]
  assign _T_1341 = _T_1339 | reset; // @[Arbiter.scala 68:14:freechips.rocketchip.system.MivRV32ImaL1AhbConfig.fir@21205.4]
  assign _T_1343 = _T_1341 == 1'h0; // @[Arbiter.scala 68:14:freechips.rocketchip.system.MivRV32ImaL1AhbConfig.fir@21206.4]
  assign _T_1386 = _T_1384 == 1'h0; // @[Arbiter.scala 52:28:freechips.rocketchip.system.MivRV32ImaL1AhbConfig.fir@21232.4]
  assign _T_1387 = _T_1386 & auto_in_d_ready; // @[Arbiter.scala 53:24:freechips.rocketchip.system.MivRV32ImaL1AhbConfig.fir@21233.4]
  assign _T_1388 = {auto_out_1_d_valid,_T_1159}; // @[Cat.scala 30:58:freechips.rocketchip.system.MivRV32ImaL1AhbConfig.fir@21234.4]
  assign _T_1390 = _T_1388 == _T_1388; // @[Arbiter.scala 19:19:freechips.rocketchip.system.MivRV32ImaL1AhbConfig.fir@21236.4]
  assign _T_1392 = _T_1390 | reset; // @[Arbiter.scala 19:12:freechips.rocketchip.system.MivRV32ImaL1AhbConfig.fir@21238.4]
  assign _T_1394 = _T_1392 == 1'h0; // @[Arbiter.scala 19:12:freechips.rocketchip.system.MivRV32ImaL1AhbConfig.fir@21239.4]
  assign _T_1399 = ~ _T_1398; // @[Arbiter.scala 21:30:freechips.rocketchip.system.MivRV32ImaL1AhbConfig.fir@21246.4]
  assign _T_1400 = _T_1388 & _T_1399; // @[Arbiter.scala 21:28:freechips.rocketchip.system.MivRV32ImaL1AhbConfig.fir@21247.4]
  assign _T_1401 = {_T_1400,_T_1388}; // @[Cat.scala 30:58:freechips.rocketchip.system.MivRV32ImaL1AhbConfig.fir@21248.4]
  assign _T_1402 = _T_1401[3:1]; // @[package.scala 100:48:freechips.rocketchip.system.MivRV32ImaL1AhbConfig.fir@21249.4]
  assign _GEN_1 = {{1'd0}, _T_1402}; // @[package.scala 100:43:freechips.rocketchip.system.MivRV32ImaL1AhbConfig.fir@21250.4]
  assign _T_1403 = _T_1401 | _GEN_1; // @[package.scala 100:43:freechips.rocketchip.system.MivRV32ImaL1AhbConfig.fir@21250.4]
  assign _T_1405 = _T_1403[3:1]; // @[Arbiter.scala 22:52:freechips.rocketchip.system.MivRV32ImaL1AhbConfig.fir@21252.4]
  assign _GEN_2 = {{2'd0}, _T_1398}; // @[Arbiter.scala 22:66:freechips.rocketchip.system.MivRV32ImaL1AhbConfig.fir@21253.4]
  assign _T_1406 = _GEN_2 << 2; // @[Arbiter.scala 22:66:freechips.rocketchip.system.MivRV32ImaL1AhbConfig.fir@21253.4]
  assign _GEN_3 = {{1'd0}, _T_1405}; // @[Arbiter.scala 22:58:freechips.rocketchip.system.MivRV32ImaL1AhbConfig.fir@21254.4]
  assign _T_1407 = _GEN_3 | _T_1406; // @[Arbiter.scala 22:58:freechips.rocketchip.system.MivRV32ImaL1AhbConfig.fir@21254.4]
  assign _T_1408 = _T_1407[3:2]; // @[Arbiter.scala 23:29:freechips.rocketchip.system.MivRV32ImaL1AhbConfig.fir@21255.4]
  assign _T_1409 = _T_1407[1:0]; // @[Arbiter.scala 23:48:freechips.rocketchip.system.MivRV32ImaL1AhbConfig.fir@21256.4]
  assign _T_1410 = _T_1408 & _T_1409; // @[Arbiter.scala 23:39:freechips.rocketchip.system.MivRV32ImaL1AhbConfig.fir@21257.4]
  assign _T_1411 = ~ _T_1410; // @[Arbiter.scala 23:18:freechips.rocketchip.system.MivRV32ImaL1AhbConfig.fir@21258.4]
  assign _T_1413 = _T_1388 != 2'h0; // @[Arbiter.scala 24:27:freechips.rocketchip.system.MivRV32ImaL1AhbConfig.fir@21259.4]
  assign _T_1414 = _T_1387 & _T_1413; // @[Arbiter.scala 24:18:freechips.rocketchip.system.MivRV32ImaL1AhbConfig.fir@21260.4]
  assign _T_1415 = _T_1411 & _T_1388; // @[Arbiter.scala 25:29:freechips.rocketchip.system.MivRV32ImaL1AhbConfig.fir@21262.6]
  assign _GEN_4 = {{1'd0}, _T_1415}; // @[package.scala 91:48:freechips.rocketchip.system.MivRV32ImaL1AhbConfig.fir@21263.6]
  assign _T_1416 = _GEN_4 << 1; // @[package.scala 91:48:freechips.rocketchip.system.MivRV32ImaL1AhbConfig.fir@21263.6]
  assign _T_1417 = _T_1416[1:0]; // @[package.scala 91:53:freechips.rocketchip.system.MivRV32ImaL1AhbConfig.fir@21264.6]
  assign _T_1418 = _T_1415 | _T_1417; // @[package.scala 91:43:freechips.rocketchip.system.MivRV32ImaL1AhbConfig.fir@21265.6]
  assign _GEN_0 = _T_1414 ? _T_1418 : _T_1398; // @[Arbiter.scala 24:32:freechips.rocketchip.system.MivRV32ImaL1AhbConfig.fir@21261.4]
  assign _T_1421 = _T_1411[0]; // @[Arbiter.scala 58:72:freechips.rocketchip.system.MivRV32ImaL1AhbConfig.fir@21270.4]
  assign _T_1422 = _T_1411[1]; // @[Arbiter.scala 58:72:freechips.rocketchip.system.MivRV32ImaL1AhbConfig.fir@21271.4]
  assign _T_1430 = _T_1421 & _T_1159; // @[Arbiter.scala 60:65:freechips.rocketchip.system.MivRV32ImaL1AhbConfig.fir@21276.4]
  assign _T_1431 = _T_1422 & auto_out_1_d_valid; // @[Arbiter.scala 60:65:freechips.rocketchip.system.MivRV32ImaL1AhbConfig.fir@21277.4]
  assign _T_1441 = _T_1430 | _T_1431; // @[Arbiter.scala 65:52:freechips.rocketchip.system.MivRV32ImaL1AhbConfig.fir@21283.4]
  assign _T_1445 = _T_1430 == 1'h0; // @[Arbiter.scala 66:62:freechips.rocketchip.system.MivRV32ImaL1AhbConfig.fir@21285.4]
  assign _T_1450 = _T_1431 == 1'h0; // @[Arbiter.scala 66:62:freechips.rocketchip.system.MivRV32ImaL1AhbConfig.fir@21288.4]
  assign _T_1451 = _T_1445 | _T_1450; // @[Arbiter.scala 66:59:freechips.rocketchip.system.MivRV32ImaL1AhbConfig.fir@21289.4]
  assign _T_1454 = _T_1451 | reset; // @[Arbiter.scala 66:13:freechips.rocketchip.system.MivRV32ImaL1AhbConfig.fir@21292.4]
  assign _T_1456 = _T_1454 == 1'h0; // @[Arbiter.scala 66:13:freechips.rocketchip.system.MivRV32ImaL1AhbConfig.fir@21293.4]
  assign _T_1457 = _T_1159 | auto_out_1_d_valid; // @[Arbiter.scala 68:31:freechips.rocketchip.system.MivRV32ImaL1AhbConfig.fir@21298.4]
  assign _T_1459 = _T_1457 == 1'h0; // @[Arbiter.scala 68:15:freechips.rocketchip.system.MivRV32ImaL1AhbConfig.fir@21299.4]
  assign _T_1461 = _T_1459 | _T_1441; // @[Arbiter.scala 68:36:freechips.rocketchip.system.MivRV32ImaL1AhbConfig.fir@21301.4]
  assign _T_1463 = _T_1461 | reset; // @[Arbiter.scala 68:14:freechips.rocketchip.system.MivRV32ImaL1AhbConfig.fir@21303.4]
  assign _T_1465 = _T_1463 == 1'h0; // @[Arbiter.scala 68:14:freechips.rocketchip.system.MivRV32ImaL1AhbConfig.fir@21304.4]
  assign _T_1525 = _T_1493_0 ? _T_1159 : 1'h0; // @[Mux.scala 19:72:freechips.rocketchip.system.MivRV32ImaL1AhbConfig.fir@21331.4]
  assign _T_1527 = _T_1493_1 ? auto_out_1_d_valid : 1'h0; // @[Mux.scala 19:72:freechips.rocketchip.system.MivRV32ImaL1AhbConfig.fir@21332.4]
  assign _T_1528 = _T_1525 | _T_1527; // @[Mux.scala 19:72:freechips.rocketchip.system.MivRV32ImaL1AhbConfig.fir@21333.4]
  assign in_0_d_valid = _T_1386 ? _T_1457 : _T_1528; // @[Arbiter.scala 89:24:freechips.rocketchip.system.MivRV32ImaL1AhbConfig.fir@21336.4]
  assign _T_1471 = auto_in_d_ready & in_0_d_valid; // @[Decoupled.scala 30:37:freechips.rocketchip.system.MivRV32ImaL1AhbConfig.fir@21312.4]
  assign _T_1472 = _T_1384 - _T_1471; // @[Arbiter.scala 73:52:freechips.rocketchip.system.MivRV32ImaL1AhbConfig.fir@21313.4]
  assign _T_1473 = $unsigned(_T_1472); // @[Arbiter.scala 73:52:freechips.rocketchip.system.MivRV32ImaL1AhbConfig.fir@21314.4]
  assign _T_1474 = _T_1473[0:0]; // @[Arbiter.scala 73:52:freechips.rocketchip.system.MivRV32ImaL1AhbConfig.fir@21315.4]
  assign _T_1475 = _T_1387 ? 1'h0 : _T_1474; // @[Arbiter.scala 73:23:freechips.rocketchip.system.MivRV32ImaL1AhbConfig.fir@21316.4]
  assign _T_1504_0 = _T_1386 ? _T_1430 : _T_1493_0; // @[Arbiter.scala 77:25:freechips.rocketchip.system.MivRV32ImaL1AhbConfig.fir@21323.4]
  assign _T_1504_1 = _T_1386 ? _T_1431 : _T_1493_1; // @[Arbiter.scala 77:25:freechips.rocketchip.system.MivRV32ImaL1AhbConfig.fir@21323.4]
  assign _T_1512_0 = _T_1386 ? _T_1421 : _T_1493_0; // @[Arbiter.scala 81:26:freechips.rocketchip.system.MivRV32ImaL1AhbConfig.fir@21325.4]
  assign _T_1512_1 = _T_1386 ? _T_1422 : _T_1493_1; // @[Arbiter.scala 81:26:freechips.rocketchip.system.MivRV32ImaL1AhbConfig.fir@21325.4]
  assign out_0_d_ready = auto_in_d_ready & _T_1512_0; // @[Arbiter.scala 83:33:freechips.rocketchip.system.MivRV32ImaL1AhbConfig.fir@21326.4]
  assign out_1_d_ready = auto_in_d_ready & _T_1512_1; // @[Arbiter.scala 83:33:freechips.rocketchip.system.MivRV32ImaL1AhbConfig.fir@21328.4]
  assign _T_1533 = {auto_out_0_d_bits_sink,auto_out_0_d_bits_data}; // @[Mux.scala 19:72:freechips.rocketchip.system.MivRV32ImaL1AhbConfig.fir@21338.4]
  assign _T_1534 = {_T_1533,auto_out_0_d_bits_error}; // @[Mux.scala 19:72:freechips.rocketchip.system.MivRV32ImaL1AhbConfig.fir@21339.4]
  assign _T_1535 = {auto_out_0_d_bits_size,auto_out_0_d_bits_source}; // @[Mux.scala 19:72:freechips.rocketchip.system.MivRV32ImaL1AhbConfig.fir@21340.4]
  assign _T_1536 = {auto_out_0_d_bits_opcode,auto_out_0_d_bits_param}; // @[Mux.scala 19:72:freechips.rocketchip.system.MivRV32ImaL1AhbConfig.fir@21341.4]
  assign _T_1537 = {_T_1536,_T_1535}; // @[Mux.scala 19:72:freechips.rocketchip.system.MivRV32ImaL1AhbConfig.fir@21342.4]
  assign _T_1538 = {_T_1537,_T_1534}; // @[Mux.scala 19:72:freechips.rocketchip.system.MivRV32ImaL1AhbConfig.fir@21343.4]
  assign _T_1540 = _T_1504_0 ? _T_1538 : 42'h0; // @[Mux.scala 19:72:freechips.rocketchip.system.MivRV32ImaL1AhbConfig.fir@21344.4]
  assign _T_1541 = {1'h0,auto_out_1_d_bits_data}; // @[Mux.scala 19:72:freechips.rocketchip.system.MivRV32ImaL1AhbConfig.fir@21345.4]
  assign _T_1542 = {_T_1541,1'h0}; // @[Mux.scala 19:72:freechips.rocketchip.system.MivRV32ImaL1AhbConfig.fir@21346.4]
  assign _T_1544 = {auto_out_1_d_bits_opcode,2'h0}; // @[Mux.scala 19:72:freechips.rocketchip.system.MivRV32ImaL1AhbConfig.fir@21348.4]
  assign _T_1545 = {_T_1544,3'h4}; // @[Mux.scala 19:72:freechips.rocketchip.system.MivRV32ImaL1AhbConfig.fir@21349.4]
  assign _T_1546 = {_T_1545,_T_1542}; // @[Mux.scala 19:72:freechips.rocketchip.system.MivRV32ImaL1AhbConfig.fir@21350.4]
  assign _T_1548 = _T_1504_1 ? _T_1546 : 42'h0; // @[Mux.scala 19:72:freechips.rocketchip.system.MivRV32ImaL1AhbConfig.fir@21351.4]
  assign _T_1549 = _T_1540 | _T_1548; // @[Mux.scala 19:72:freechips.rocketchip.system.MivRV32ImaL1AhbConfig.fir@21352.4]
  assign in_0_d_bits_error = _T_1549[0]; // @[Mux.scala 19:72:freechips.rocketchip.system.MivRV32ImaL1AhbConfig.fir@21356.4]
  assign in_0_d_bits_data = _T_1549[32:1]; // @[Mux.scala 19:72:freechips.rocketchip.system.MivRV32ImaL1AhbConfig.fir@21358.4]
  assign io_out_1_a_bits_address = auto_in_a_bits_address[6:0]; // @[Nodes.scala 334:76:freechips.rocketchip.system.MivRV32ImaL1AhbConfig.fir@20885.4]
  assign auto_in_a_ready = in_0_a_ready;
  assign auto_in_d_valid = in_0_d_valid;
  assign auto_in_d_bits_data = in_0_d_bits_data;
  assign auto_in_d_bits_error = in_0_d_bits_error;
  assign auto_out_1_a_valid = out_1_a_valid;
  assign auto_out_1_a_bits_opcode = auto_in_a_bits_opcode;
  assign auto_out_1_a_bits_address = io_out_1_a_bits_address;
  assign auto_out_1_a_bits_mask = auto_in_a_bits_mask;
  assign auto_out_1_a_bits_data = auto_in_a_bits_data;
  assign auto_out_1_d_ready = out_1_d_ready;
  assign auto_out_0_a_valid = out_0_a_valid;
  assign auto_out_0_a_bits_opcode = auto_in_a_bits_opcode;
  assign auto_out_0_a_bits_address = auto_in_a_bits_address;
  assign auto_out_0_a_bits_mask = auto_in_a_bits_mask;
  assign auto_out_0_a_bits_data = auto_in_a_bits_data;
  assign auto_out_0_d_ready = out_0_d_ready;
`ifdef RANDOMIZE
  integer initvar;
  initial begin
    `ifndef verilator
      #0.002 begin end
    `endif
  `ifdef RANDOMIZE_REG_INIT
  _RAND_0 = {1{32'b0}};
  _T_1384 = _RAND_0[0:0];
  `endif // RANDOMIZE_REG_INIT
  `ifdef RANDOMIZE_REG_INIT
  _RAND_1 = {1{32'b0}};
  _T_1398 = _RAND_1[1:0];
  `endif // RANDOMIZE_REG_INIT
  `ifdef RANDOMIZE_REG_INIT
  _RAND_2 = {1{32'b0}};
  _T_1493_0 = _RAND_2[0:0];
  `endif // RANDOMIZE_REG_INIT
  `ifdef RANDOMIZE_REG_INIT
  _RAND_3 = {1{32'b0}};
  _T_1493_1 = _RAND_3[0:0];
  `endif // RANDOMIZE_REG_INIT
  end
`endif // RANDOMIZE
  always @(posedge clock) begin
    if (reset) begin
      _T_1384 <= 1'h0;
    end else begin
      if (_T_1387) begin
        _T_1384 <= 1'h0;
      end else begin
        _T_1384 <= _T_1474;
      end
    end
    if (reset) begin
      _T_1398 <= 2'h3;
    end else begin
      if (_T_1414) begin
        _T_1398 <= _T_1418;
      end
    end
    if (reset) begin
      _T_1493_0 <= 1'h0;
    end else begin
      if (_T_1386) begin
        _T_1493_0 <= _T_1430;
      end
    end
    if (reset) begin
      _T_1493_1 <= 1'h0;
    end else begin
      if (_T_1386) begin
        _T_1493_1 <= _T_1431;
      end
    end
    `ifndef SYNTHESIS
    `ifdef PRINTF_COND
      if (`PRINTF_COND) begin
    `endif
        if (1'h0) begin
          $fwrite(32'h80000002,"Assertion failed\n    at Arbiter.scala:66 assert((prefixOR zip winner) map { case (p,w) => !p || !w } reduce {_ && _})\n"); // @[Arbiter.scala 66:13:freechips.rocketchip.system.MivRV32ImaL1AhbConfig.fir@21150.6]
        end
    `ifdef PRINTF_COND
      end
    `endif
    `endif // SYNTHESIS
    `ifndef SYNTHESIS
    `ifdef STOP_COND
      if (`STOP_COND) begin
    `endif
        if (1'h0) begin
          $fatal; // @[Arbiter.scala 66:13:freechips.rocketchip.system.MivRV32ImaL1AhbConfig.fir@21151.6]
        end
    `ifdef STOP_COND
      end
    `endif
    `endif // SYNTHESIS
    `ifndef SYNTHESIS
    `ifdef PRINTF_COND
      if (`PRINTF_COND) begin
    `endif
        if (_T_1267) begin
          $fwrite(32'h80000002,"Assertion failed\n    at Arbiter.scala:68 assert (!valids.reduce(_||_) || winner.reduce(_||_))\n"); // @[Arbiter.scala 68:14:freechips.rocketchip.system.MivRV32ImaL1AhbConfig.fir@21159.6]
        end
    `ifdef PRINTF_COND
      end
    `endif
    `endif // SYNTHESIS
    `ifndef SYNTHESIS
    `ifdef STOP_COND
      if (`STOP_COND) begin
    `endif
        if (_T_1267) begin
          $fatal; // @[Arbiter.scala 68:14:freechips.rocketchip.system.MivRV32ImaL1AhbConfig.fir@21160.6]
        end
    `ifdef STOP_COND
      end
    `endif
    `endif // SYNTHESIS
    `ifndef SYNTHESIS
    `ifdef PRINTF_COND
      if (`PRINTF_COND) begin
    `endif
        if (1'h0) begin
          $fwrite(32'h80000002,"Assertion failed\n    at Arbiter.scala:66 assert((prefixOR zip winner) map { case (p,w) => !p || !w } reduce {_ && _})\n"); // @[Arbiter.scala 66:13:freechips.rocketchip.system.MivRV32ImaL1AhbConfig.fir@21199.6]
        end
    `ifdef PRINTF_COND
      end
    `endif
    `endif // SYNTHESIS
    `ifndef SYNTHESIS
    `ifdef STOP_COND
      if (`STOP_COND) begin
    `endif
        if (1'h0) begin
          $fatal; // @[Arbiter.scala 66:13:freechips.rocketchip.system.MivRV32ImaL1AhbConfig.fir@21200.6]
        end
    `ifdef STOP_COND
      end
    `endif
    `endif // SYNTHESIS
    `ifndef SYNTHESIS
    `ifdef PRINTF_COND
      if (`PRINTF_COND) begin
    `endif
        if (_T_1343) begin
          $fwrite(32'h80000002,"Assertion failed\n    at Arbiter.scala:68 assert (!valids.reduce(_||_) || winner.reduce(_||_))\n"); // @[Arbiter.scala 68:14:freechips.rocketchip.system.MivRV32ImaL1AhbConfig.fir@21208.6]
        end
    `ifdef PRINTF_COND
      end
    `endif
    `endif // SYNTHESIS
    `ifndef SYNTHESIS
    `ifdef STOP_COND
      if (`STOP_COND) begin
    `endif
        if (_T_1343) begin
          $fatal; // @[Arbiter.scala 68:14:freechips.rocketchip.system.MivRV32ImaL1AhbConfig.fir@21209.6]
        end
    `ifdef STOP_COND
      end
    `endif
    `endif // SYNTHESIS
    `ifndef SYNTHESIS
    `ifdef PRINTF_COND
      if (`PRINTF_COND) begin
    `endif
        if (_T_1394) begin
          $fwrite(32'h80000002,"Assertion failed\n    at Arbiter.scala:19 assert (valid === valids)\n"); // @[Arbiter.scala 19:12:freechips.rocketchip.system.MivRV32ImaL1AhbConfig.fir@21241.6]
        end
    `ifdef PRINTF_COND
      end
    `endif
    `endif // SYNTHESIS
    `ifndef SYNTHESIS
    `ifdef STOP_COND
      if (`STOP_COND) begin
    `endif
        if (_T_1394) begin
          $fatal; // @[Arbiter.scala 19:12:freechips.rocketchip.system.MivRV32ImaL1AhbConfig.fir@21242.6]
        end
    `ifdef STOP_COND
      end
    `endif
    `endif // SYNTHESIS
    `ifndef SYNTHESIS
    `ifdef PRINTF_COND
      if (`PRINTF_COND) begin
    `endif
        if (_T_1456) begin
          $fwrite(32'h80000002,"Assertion failed\n    at Arbiter.scala:66 assert((prefixOR zip winner) map { case (p,w) => !p || !w } reduce {_ && _})\n"); // @[Arbiter.scala 66:13:freechips.rocketchip.system.MivRV32ImaL1AhbConfig.fir@21295.6]
        end
    `ifdef PRINTF_COND
      end
    `endif
    `endif // SYNTHESIS
    `ifndef SYNTHESIS
    `ifdef STOP_COND
      if (`STOP_COND) begin
    `endif
        if (_T_1456) begin
          $fatal; // @[Arbiter.scala 66:13:freechips.rocketchip.system.MivRV32ImaL1AhbConfig.fir@21296.6]
        end
    `ifdef STOP_COND
      end
    `endif
    `endif // SYNTHESIS
    `ifndef SYNTHESIS
    `ifdef PRINTF_COND
      if (`PRINTF_COND) begin
    `endif
        if (_T_1465) begin
          $fwrite(32'h80000002,"Assertion failed\n    at Arbiter.scala:68 assert (!valids.reduce(_||_) || winner.reduce(_||_))\n"); // @[Arbiter.scala 68:14:freechips.rocketchip.system.MivRV32ImaL1AhbConfig.fir@21306.6]
        end
    `ifdef PRINTF_COND
      end
    `endif
    `endif // SYNTHESIS
    `ifndef SYNTHESIS
    `ifdef STOP_COND
      if (`STOP_COND) begin
    `endif
        if (_T_1465) begin
          $fatal; // @[Arbiter.scala 68:14:freechips.rocketchip.system.MivRV32ImaL1AhbConfig.fir@21307.6]
        end
    `ifdef STOP_COND
      end
    `endif
    `endif // SYNTHESIS
  end
endmodule